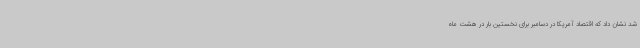
شد نشان داد که اقتصاد آمریکا در دسامبر برای نخستین بار در هشت ماه